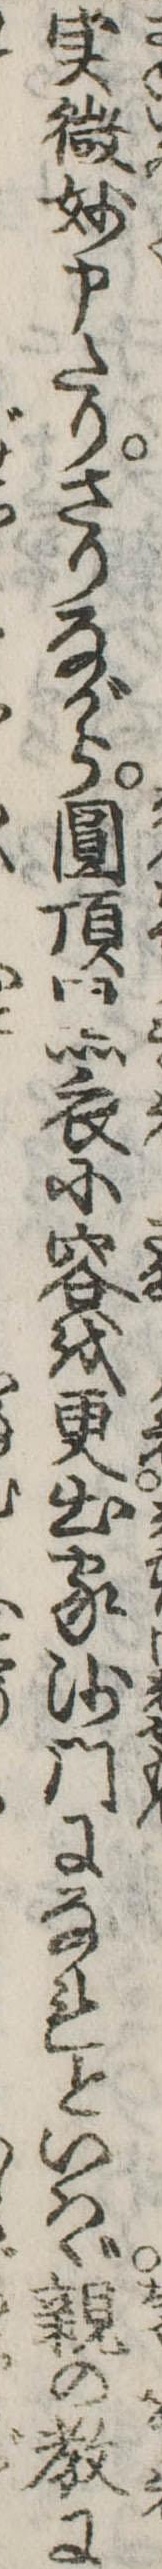
実㣲妙申たりさりながら円頂黒衣に容を更出家沙門になれといはゞ親の教に